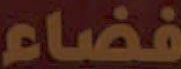
فضاء